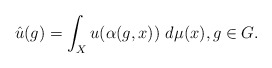
\begin{align*}\hat u(g) = \int_X u(\alpha(g,x))\ d\mu(x), g\in G.\end{align*}